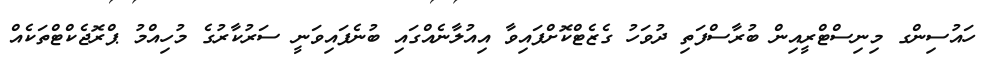
ހައުސިންގ މިނިސްޓްރީއިން ބުރާސްފަތި ދުވަހު ގެޒެޓްކޮށްފައިވާ އިއުލާނެއްގައި ބުނެފައިވަނީ ސަރުކާރުގެ މުހިއްމު ޕްރޮޖެކްޓްތަކެއް